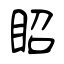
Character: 眧